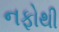
નફોથી